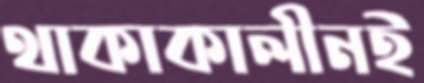
থাকাকালীনই